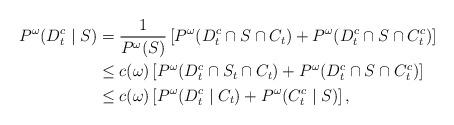
LaTeX: \begin{align*} P^\omega(D_t^c \mid S) &= \frac{1}{P^\omega(S)}\left[P^\omega(D_t^c\cap S\cap C_t)+P^\omega(D_t^c\cap S\cap C_t^c)\right] \\&\leq c(\omega) \left[P^\omega(D_t^c\cap S_t\cap C_t)+P^\omega(D_t^c\cap S\cap C_t^c)\right] \\&\leq c(\omega) \left[P^\omega(D_t^c \mid C_t)+P^\omega(C_t^c \mid S)\right], \end{align*}